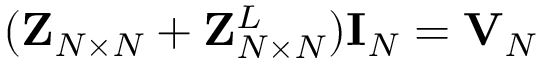
( { \mathbf { Z } } _ { N \times N } + { \mathbf { Z } } _ { N \times N } ^ { L } ) { \mathbf { I } } _ { N } = { \mathbf { V } } _ { N }